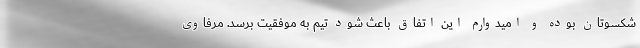
شکسوتان بوده و امیدوارم این اتفاق باعث شود تیم به موفقیت برسد. مرفاوی